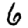
Digit: 6